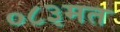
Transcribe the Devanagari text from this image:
०८३मत